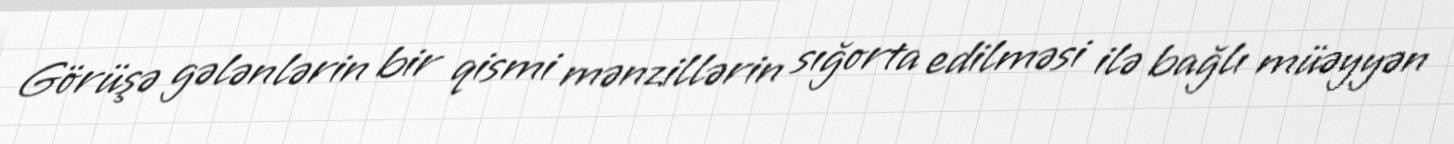
Görüşə gələnlərin bir qismi mənzillərin sığorta edilməsi ilə bağlı müəyyən